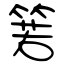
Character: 箬